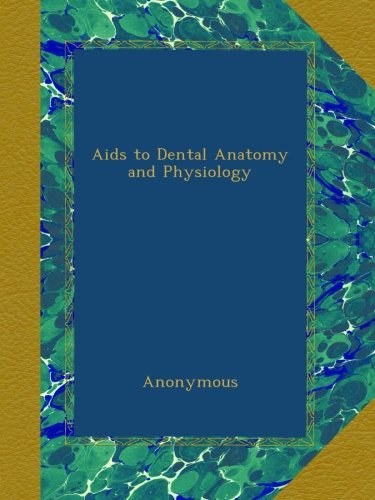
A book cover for Aids to Dental Anatomy and Physiology; Anonymous; Medical Books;